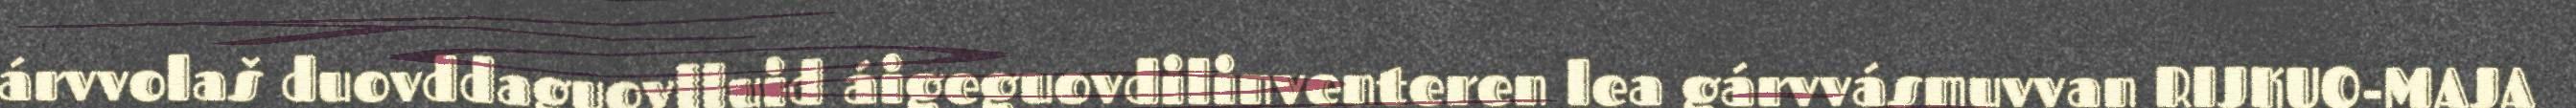
árvvolaš duovddaguovlluid áigeguovdilinventeren lea gárvvásmuvvan RIJKUO-MAJA